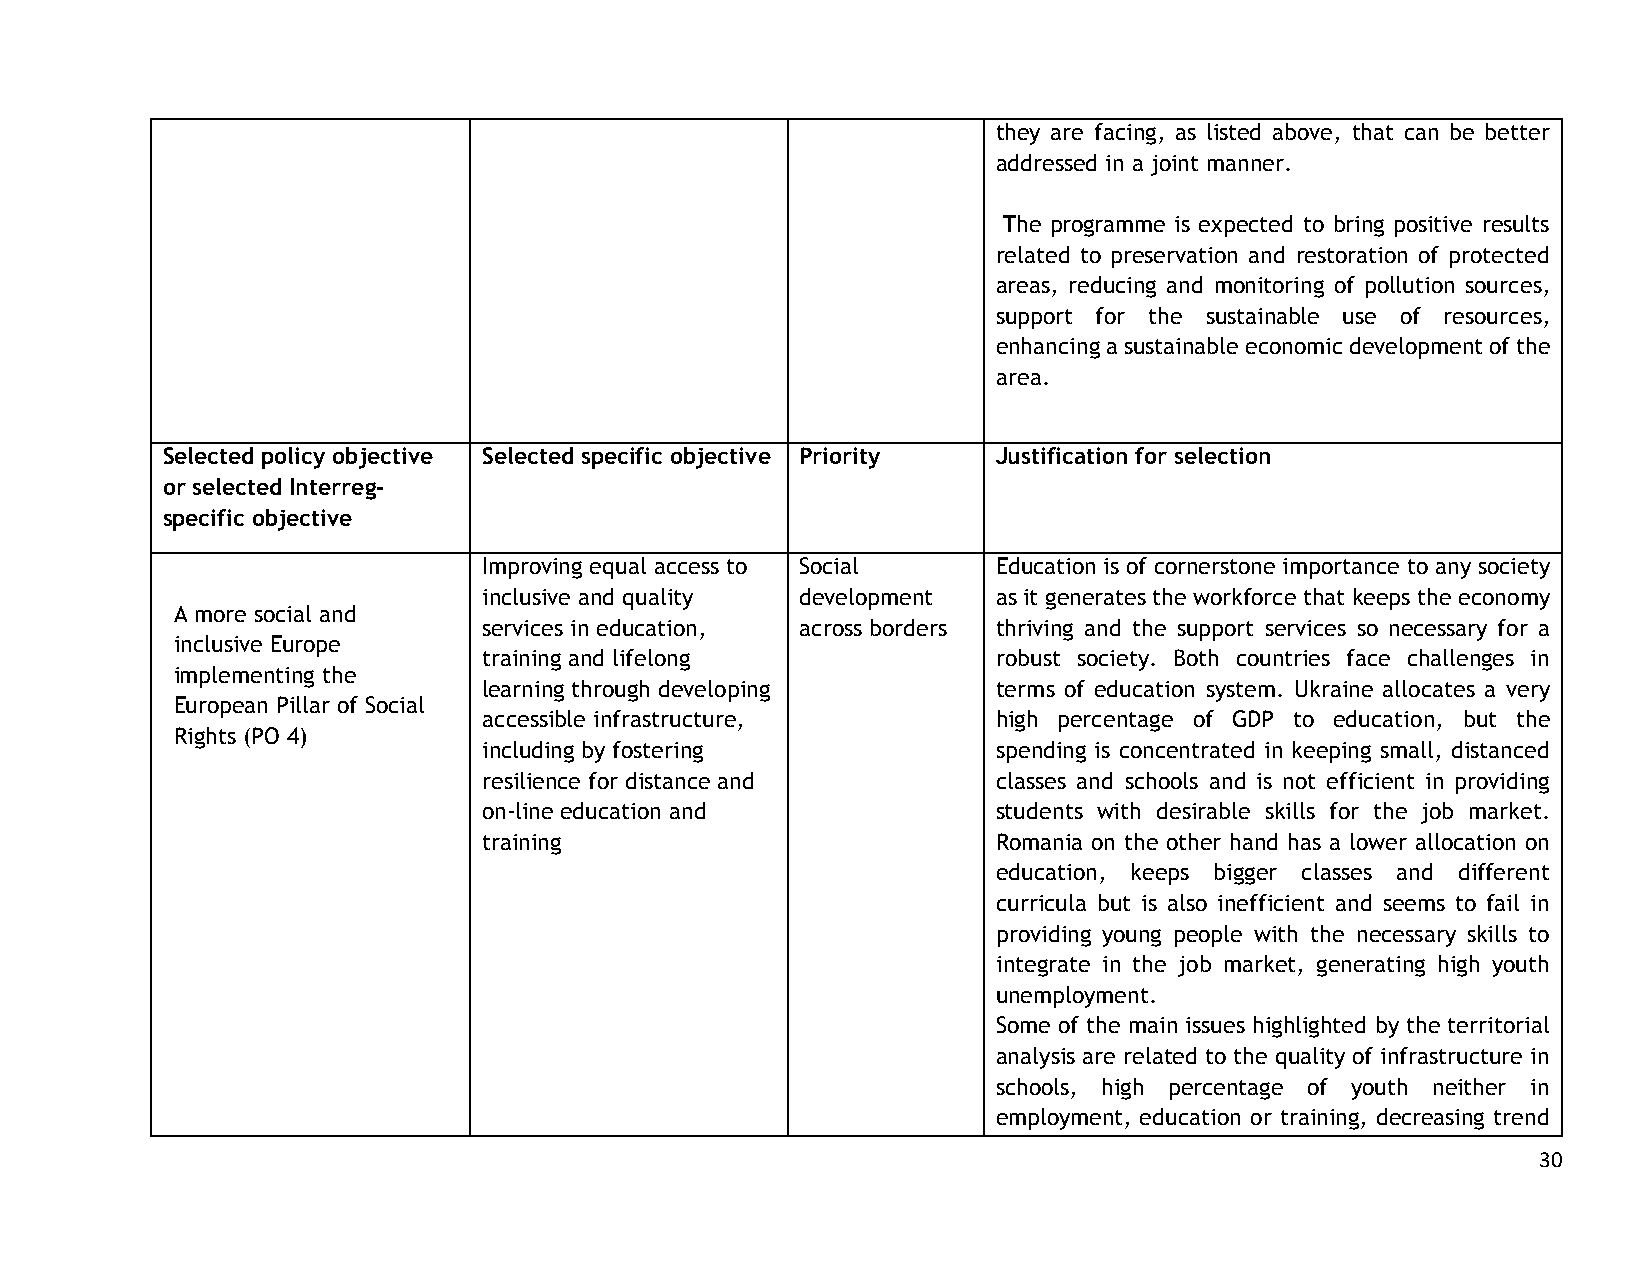
they are facing, as listed above, that can be better
 addressed in a joint manner.
 The programme is expected to bring positive results
 related to preservation and restoration of protected
 areas, reducing and monitoring of pollution sources,
 support for the sustainable use of resources,
 enhancing a sustainable economic development of the
 area.
 Selected policy objective Selected specific objective Priority Justification for selection
 or selected Interreg-
 specific objective
 Improving equal access to Social  Education is of cornerstone importance to any society
 inclusive and quality development as it generates the workforce that keeps the economy
 A more social and
 services in education, across borders thriving and the support services so necessary for a
 inclusive Europe
 training and lifelong             robust society. Both countries face challenges in
 implementing the
 learning through developing       terms of education system. Ukraine allocates a very
 European Pillar of Social
 accessible infrastructure,        high percentage of GDP to education, but the
 Rights (PO 4)
 including by fostering            spending is concentrated in keeping small, distanced
 resilience for distance and       classes and schools and is not efficient in providing
 on-line education and             students with desirable skills for the job market.
 training                          Romania on the other hand has a lower allocation on
 education, keeps bigger classes and different
 curricula but is also inefficient and seems to fail in
 providing young people with the necessary skills to
 integrate in the job market, generating high youth
 unemployment.
 Some of the main issues highlighted by the territorial
 analysis are related to the quality of infrastructure in
 schools, high percentage of youth neither in
 employment, education or training, decreasing trend
 30